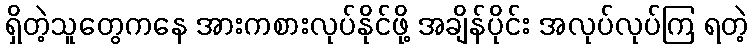
ရှိတဲ့သူတွေကနေ အားကစားလုပ်နိုင်ဖို့ အချိန်ပိုင်း အလုပ်လုပ်ကြ ရတဲ့